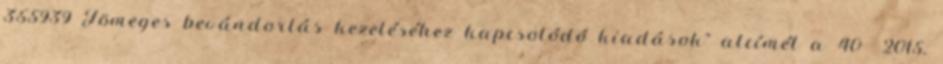
355939 Tömeges bevándorlás kezeléséhez kapcsolódó kiadások” alcímét a 40 2015.